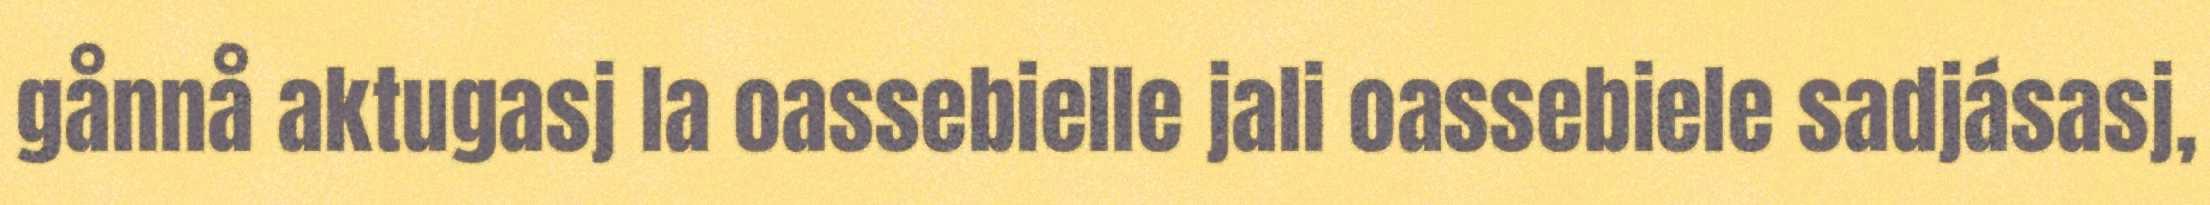
gånnå aktugasj la oassebielle jali oassebiele sadjásasj,